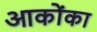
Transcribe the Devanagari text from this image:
आकोंका